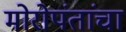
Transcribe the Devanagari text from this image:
मोरोपंतांचा